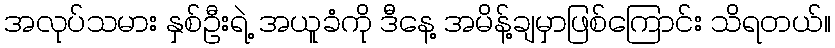
အလုပ်သမား နှစ်ဦးရဲ့ အယူခံကို ဒီနေ့ အမိန့်ချမှာဖြစ်ကြောင်း သိရတယ်။